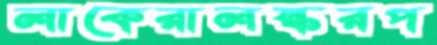
লাকেরালস্করপ